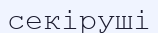
секіруші